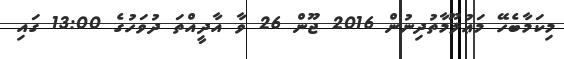
މިކަމާބެހޭ މަޢުލޫމާތުދިނުން 2016 ޖޫން 26 ވާ އާދީއްތަ ދުވަހުގެ 13:00 ގައި